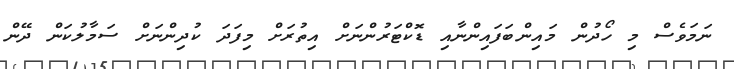
ނަމަވެސް މި ހޯދުން މައިންބަފައިންނާއި ޑޮކްޓަރުންނަށް އިތުރަށް މިފަދަ ކުދިންނަށް ސަމާލުކަން ދޭން